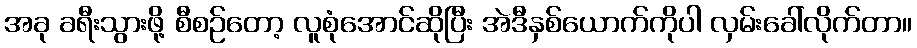
အခု ခရီးသွားဖို့ စီစဉ်တော့ လူစုံအောင်ဆိုပြီး အဲဒီနှစ်ယောက်ကိုပါ လှမ်းခေါ်လိုက်တာ။